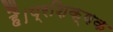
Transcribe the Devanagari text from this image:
हैं।प्रशिक्षक